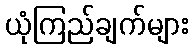
ယုံကြည်ချက်များ